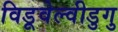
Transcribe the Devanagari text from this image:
विडूवेल्वीडुगु